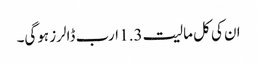
ان کی کل مالیت 1.3 ارب ڈالرز ہوگی۔